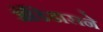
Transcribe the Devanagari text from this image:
अॅडिडासने